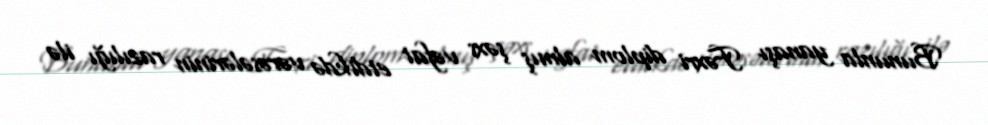
Bununla yanaşı Fəxri diplom almış şəxs vəfat etdikdə vərəsələrinin razılığı ilə